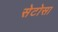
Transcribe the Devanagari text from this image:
सेटोसा